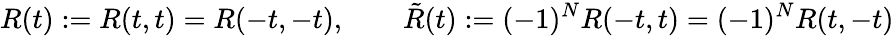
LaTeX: R(t):=R(t,t)=R(-t,-t),\qquad\tilde{R}(t):=(-1)^{N}R(-t,t)=(-1)^{N}R(t,-t)